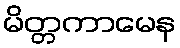
မိတ္တကာမေန